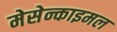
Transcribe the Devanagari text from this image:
मेसेन्काइमल